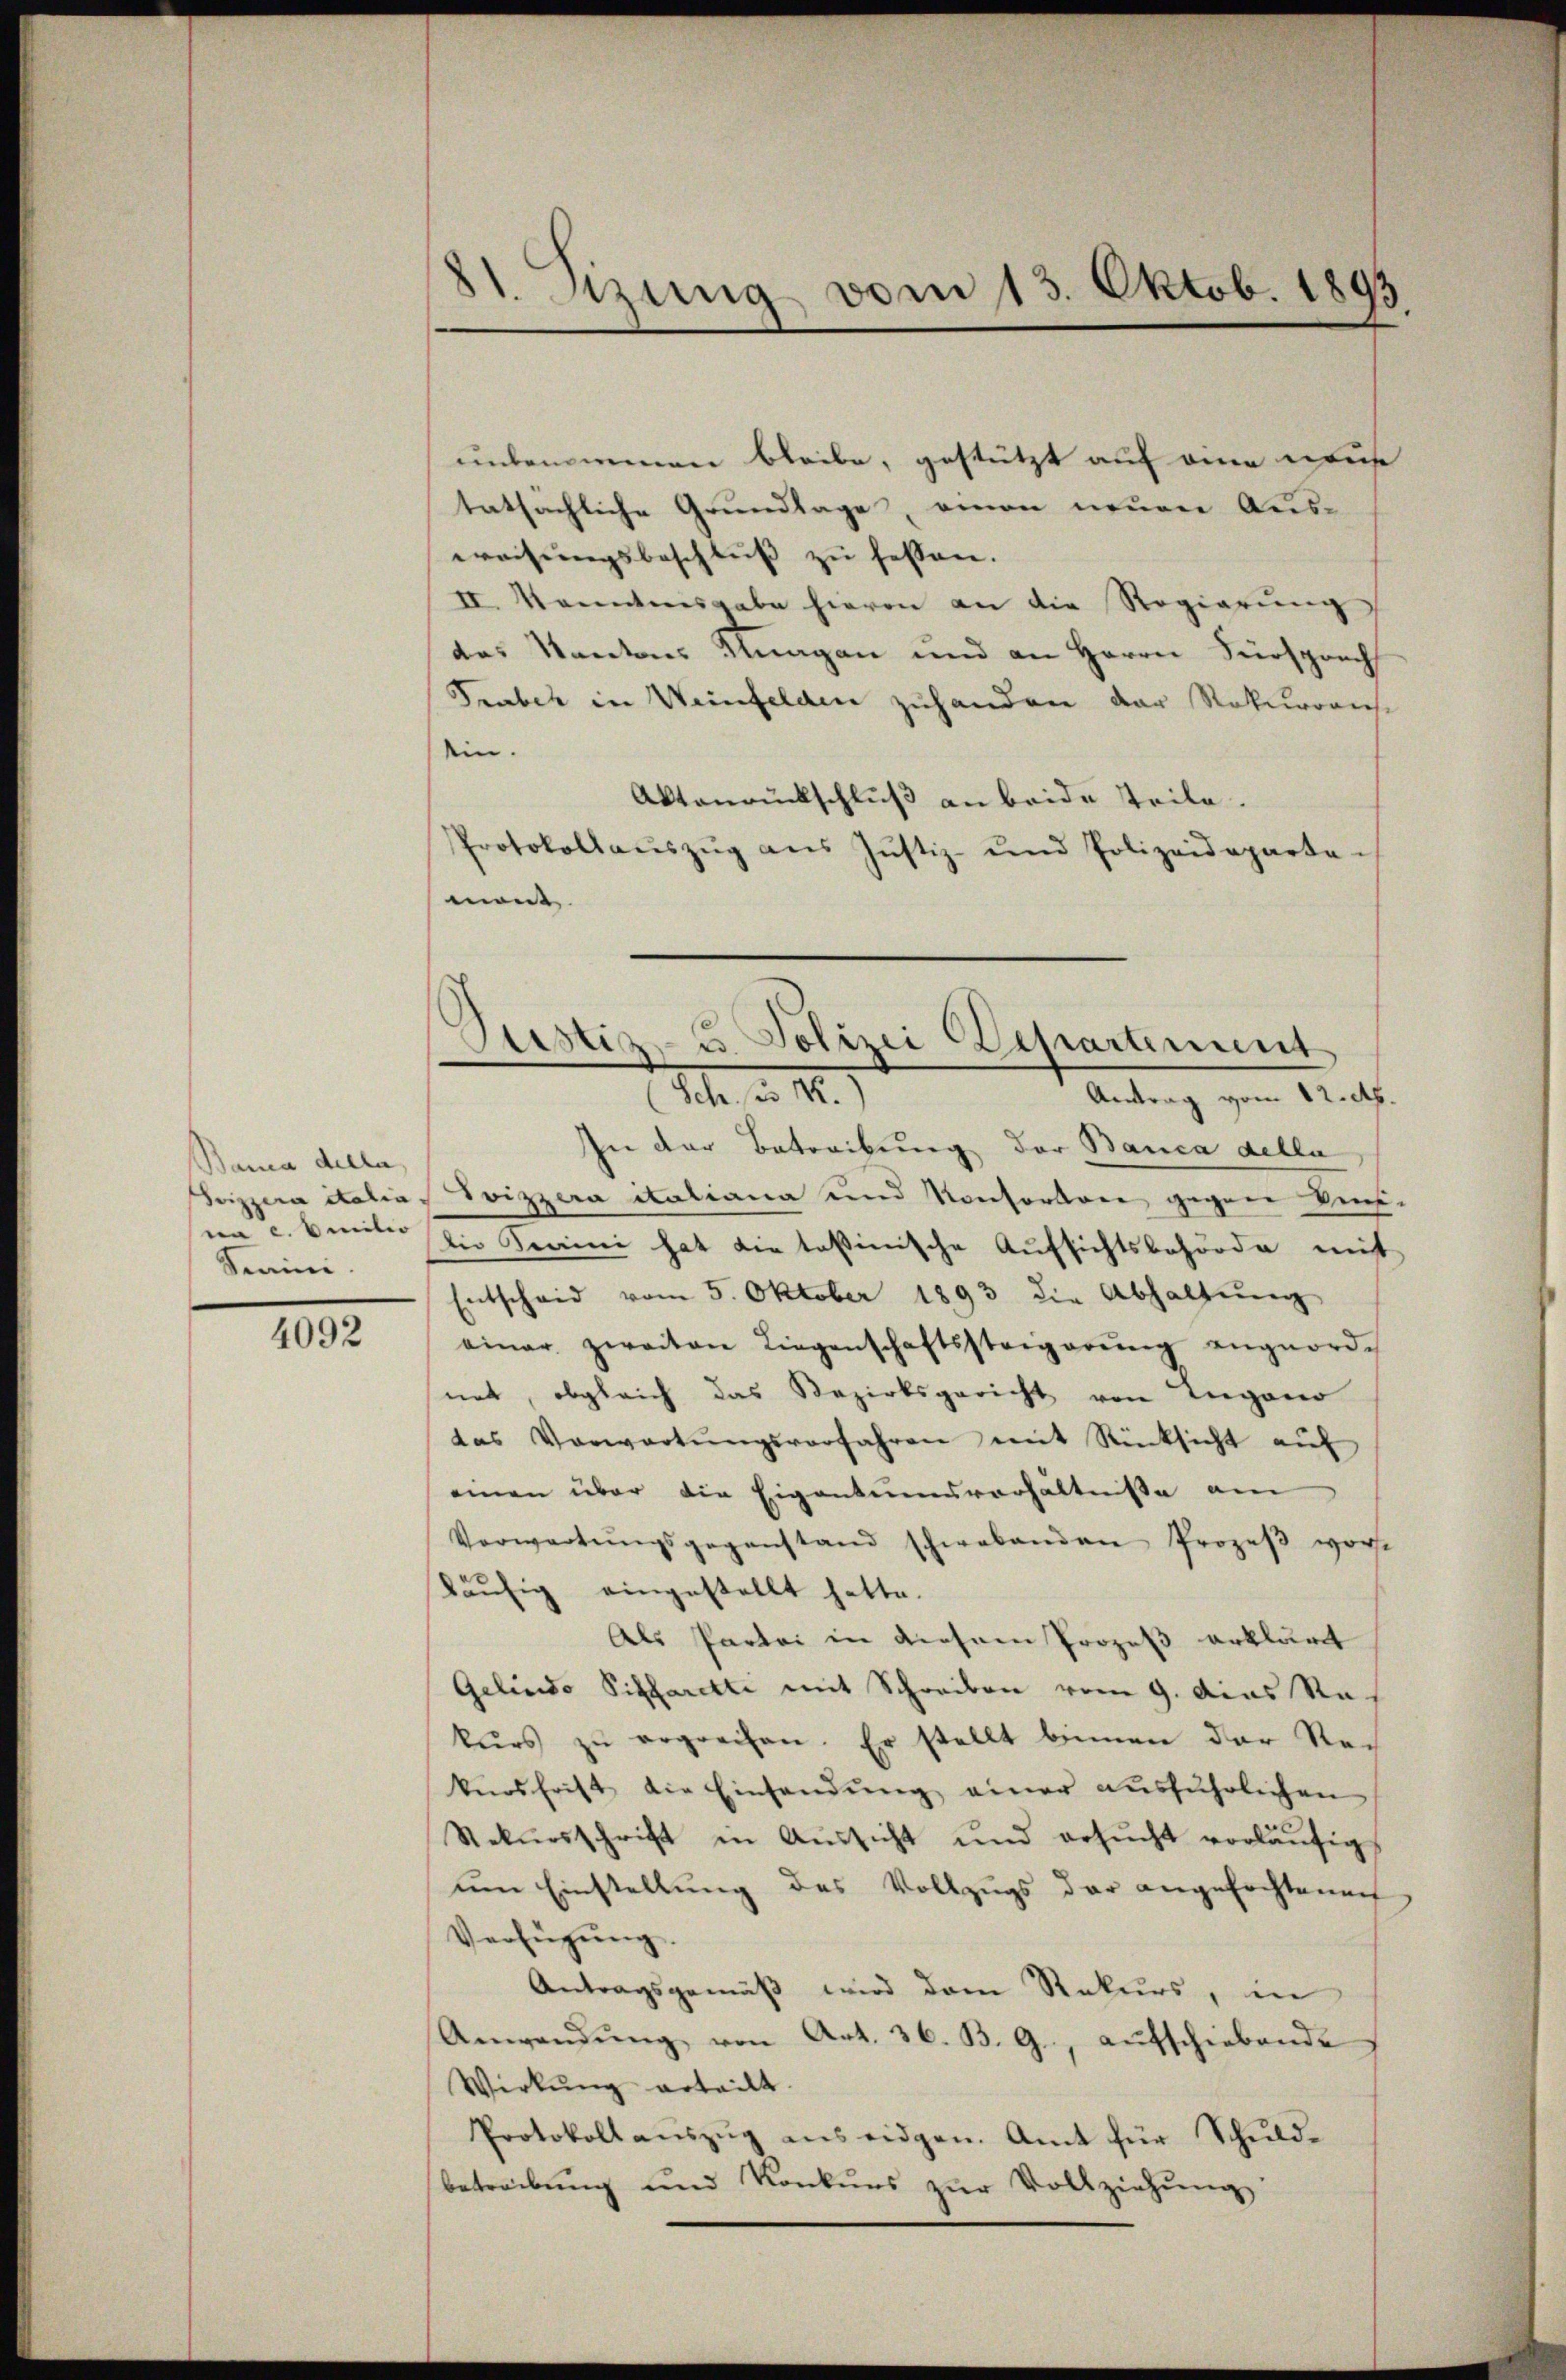
Bama della
Seizzera italia
na c. Seiter
Staini

4092

21. Sizung vom 13. Oktob. 1895

e
Sistiz- u. Polizei Departement
M. v. 4.)

unbenommen bleibe, gestützt auf eine weis
tatsächliche Grundlage, einen neuen Aus-
weisungsbeschluß zu fassen.
II. Kannteresgabe hievon an die Regierung
das Kantons Knagen und an Herrn Fürsprech
Traber in Weinfelden zuhanden der Rekurrreche
ein.
Aktanrückschluß an beide Teile.
Protokollaŭszŭg aŭs Jŭstiz- und Polizeideparta-
mont
Antrag vom 12. Ap.
In der Betreibung der Banca della
Toizzera italiana und Konfordere gegen ken-
die Semini hat die tessinische Aufsichtsbehörde mit
Entscheid vom 5. Oktober 1893 die Abhaltŭng
einer zweiten Liegenschaftssteigerŭng angeordnet, obgleich das Bezirksgericht von Lugano
das Verwartŭngsverfahren mit Rücksicht aŭf
einen über die Eigentumsverhältnisse am
Verwartŭngsgegenstand schwebenden Prozeβ word
häufig eingestellt hatte.
Als Partei in diesem Prozeß erklärt
Gelinde Siffaretti mit Schreiben vom 9. Das Ra
kŭrs zŭ ergreifen. Er stellt binnen der Rech
kŭrsfrist die Einsandŭng einer aŭsführlichen
Rekursschrift in Aussicht und ersŭcht vorläŭfig
um Einstellung des Vollzugs der angefochtenen
Verfügung.
Antragsgemäß wird dem Rekurs, in
Anwendŭng von Art. 36. B. G., aŭfschiebende
Wirkŭng erteilt.
Protokollauszug aus eidgen. Amt für Schuldbetreibŭng und Konkŭrs zŭr Vollziehŭng